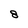
Character: 8